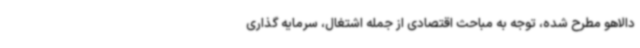
دالاهو مطرح شده، توجه به مباحث اقتصادی از جمله اشتغال، سرمایه گذاری